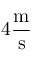
4 \mathrm { { \frac { m } { s } } }